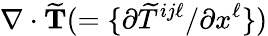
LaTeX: \nabla\cdot\widetilde{\mathbf{T}}(=\{ {\partial\widetilde{T}^{ij\ell}/\partial x^{\ell}}\} )